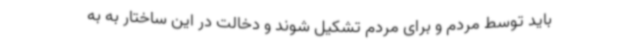
باید توسط مردم و برای مردم تشکیل شوند و دخالت در این ساختار به به